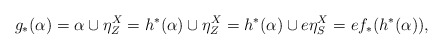
\begin{align*} g_*(\alpha) = \alpha \cup \eta^X_Z = h^*(\alpha) \cup \eta^X_Z = h^*(\alpha) \cup e \eta^X_S = e f_*(h^*(\alpha)), \end{align*}